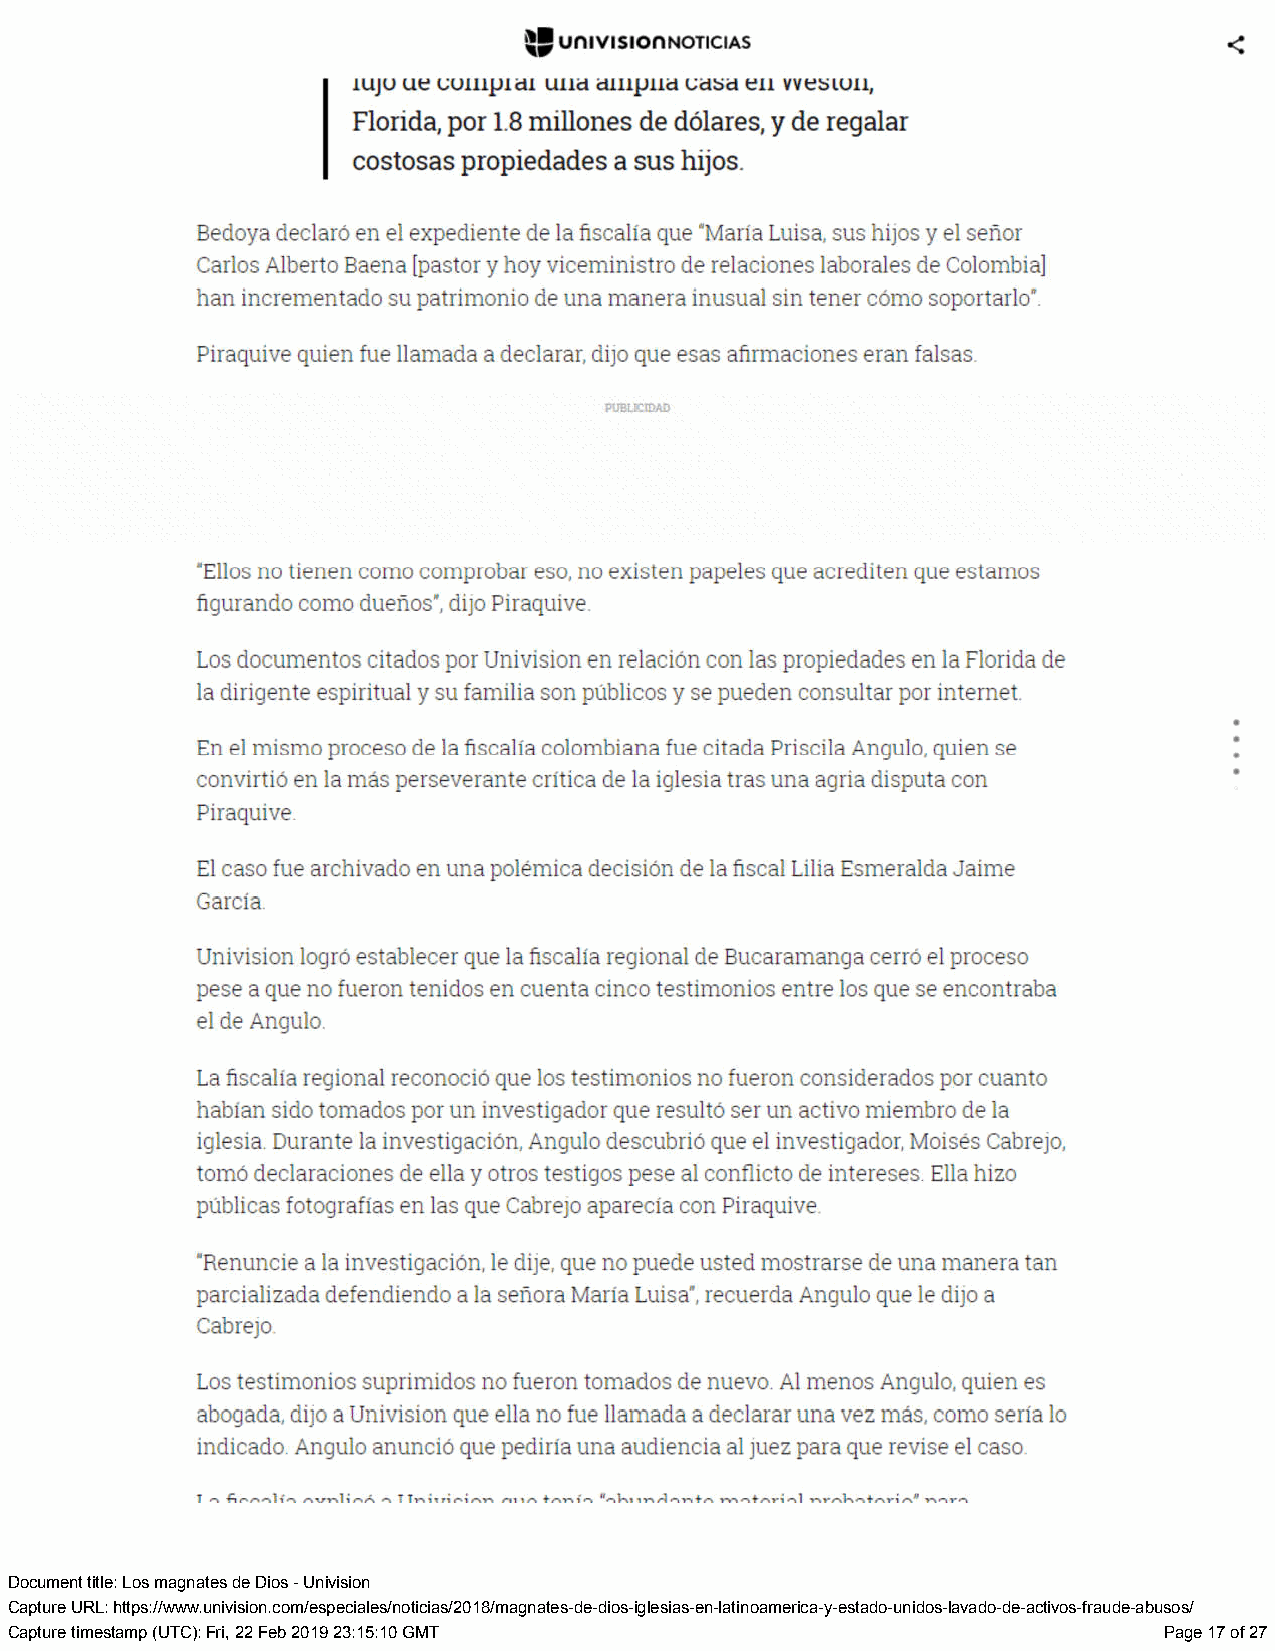
Document title: Los magnates de Dios - Univision
 Capture URL: https://www.univision.com/especiales/noticias/2018/magnates-de-dios-iglesias-en-latinoamerica-y-estado-unidos-lavado-de-activos-fraude-abusos/
 Capture timestamp (UTC): Fri, 22 Feb 2019 23:15:10 GMT                       Page 17 of 27